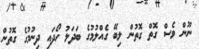
ނޫން ވެސް ގޮތް ގޮތުން ލިބޭ ގެއްލުމުގެ ބަދަލު ހޯދައި ދިނުމުގެ ގޮތުން